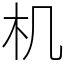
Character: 机